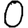
Digit: 0